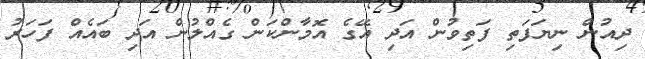
ދިއުން ނިޔަފަތި ފަތިވުން އަދި އޭގެ އޮމާންކަން ގެއްލުން އަދި ބައެއް ފަހަރު